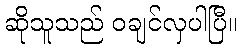
ဆိုသူသည် ဝချင်လှပါပြီ။